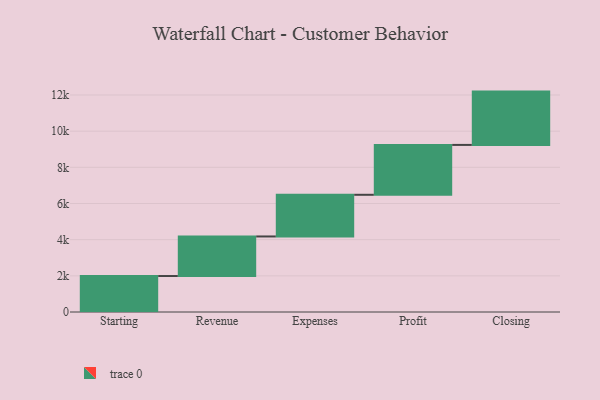
{"axis": {"x": "Step", "y": "Value"}, "legend": [""], "data": [{"x": "Starting", "y": 1989.0, "type": ""}, {"x": "Revenue", "y": 2188.0, "type": ""}, {"x": "Expenses", "y": 2304.0, "type": ""}, {"x": "Profit", "y": 2758.0, "type": ""}, {"x": "Closing", "y": 2948.0, "type": ""}]}